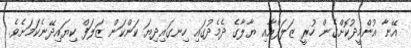
އޭނާ އުންމީދުކޮށްގެން ހުރީ ޒަލަފްއާއި ޔާލާގެ ދެމެދުގައި ހިނގައިދިޔަ ކަންކަން ޒަލަފް ކިޔައިދޭނެކަމަށެވެ.